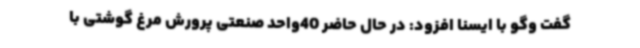
گفت وگو با ایسنا افزود: در حال حاضر 40واحد صنعتی پرورش مرغ گوشتی با